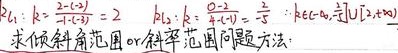
\(l_1\)：\(k = \frac{2 - (-2)}{1 - (-1)} = 2\)

\(l_2\)：\(k = \frac{0 - 1}{4 - (-1)} = -\frac{1}{5}\)

\(k\in(-\infty,-\frac{1}{5}]\cup[2,+\infty)\)

求倾斜角范围或斜率范围问题方法：